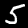
Label: 5